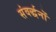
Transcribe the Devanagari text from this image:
संवर्द्धनों